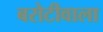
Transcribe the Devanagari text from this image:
बरोटीवाला